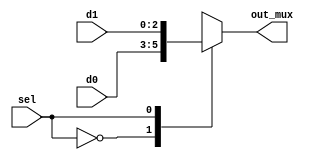
`timescale 1ns / 1ps
//////////////////////////////////////////////////////////////////////////////////
// Company: 
// Engineer: 
// 
// Design Name: 
// Module Name: mux
// Project Name: 
// Target Devices: 
// Tool Versions: 
// Description: 
// 
// Dependencies: 
// 
// Revision:
// Revision 0.01 - File Created
// Additional Comments:
// 
//////////////////////////////////////////////////////////////////////////////////

module mux #(parameter width_size = 2)( 
           input[width_size:0] d1,d0,
           input sel,
            output  reg [width_size:0]  out_mux
           );

always @(*) begin
case(sel)
1'b0:  begin out_mux=d0; end
1'b1:  begin out_mux=d1; end
default: begin out_mux=1'b0; end
endcase
end
endmodule